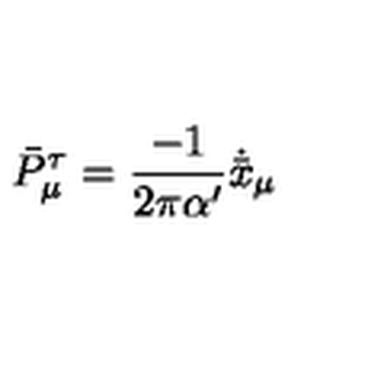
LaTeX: \bar { P } _ { \mu } ^ { \tau } = \frac { - 1 } { 2 \pi \alpha ^ { \prime } } \dot { \bar { x } } _ { \mu }